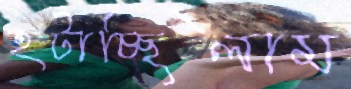
হটাচ্ছিলাম